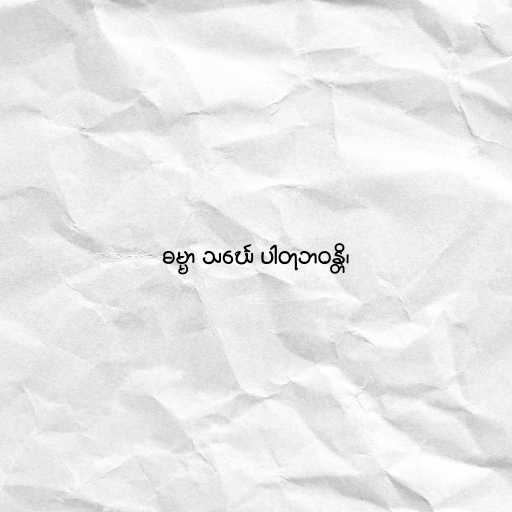
ဓမ္မာ သင်္ဃေ ပါတုဘဝန္တိ၊